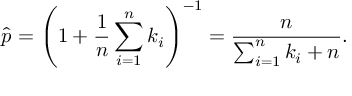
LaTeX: { \widehat { p } } = \left( 1 + { \frac { 1 } { n } } \sum _ { i = 1 } ^ { n } k _ { i } \right) ^ { - 1 } = { \frac { n } { \sum _ { i = 1 } ^ { n } k _ { i } + n } } .